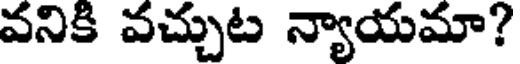
వనికి వచ్చుట న్యాయమా?